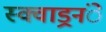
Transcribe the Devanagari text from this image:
स्क्वाड्रनंे